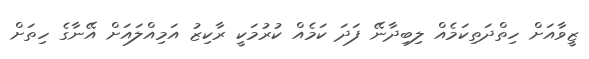
ޒީވާއަށް ހިތްދަތިކަމެއް ލިބިދާނޭ ފަދަ ކަމެއް ކުރުމަކީ ރާކިޒު އަމިއްލައަށް އޭނާގެ ހިތަށް